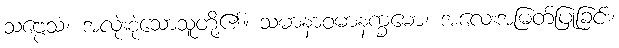
သဗ္ဗေသံ၊ အလုံးစုံသောသူတို့၏။ သမာနာဝမာနက္ခမော၊ အလေးအမြတ်ပြုခြင်း၊